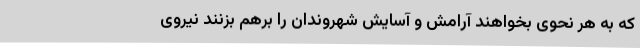
که به هر نحوی بخواهند آرامش و آسایش شهروندان را برهم بزنند نیروی